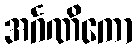
အင်္ဂဏိကော